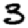
Digit: 3